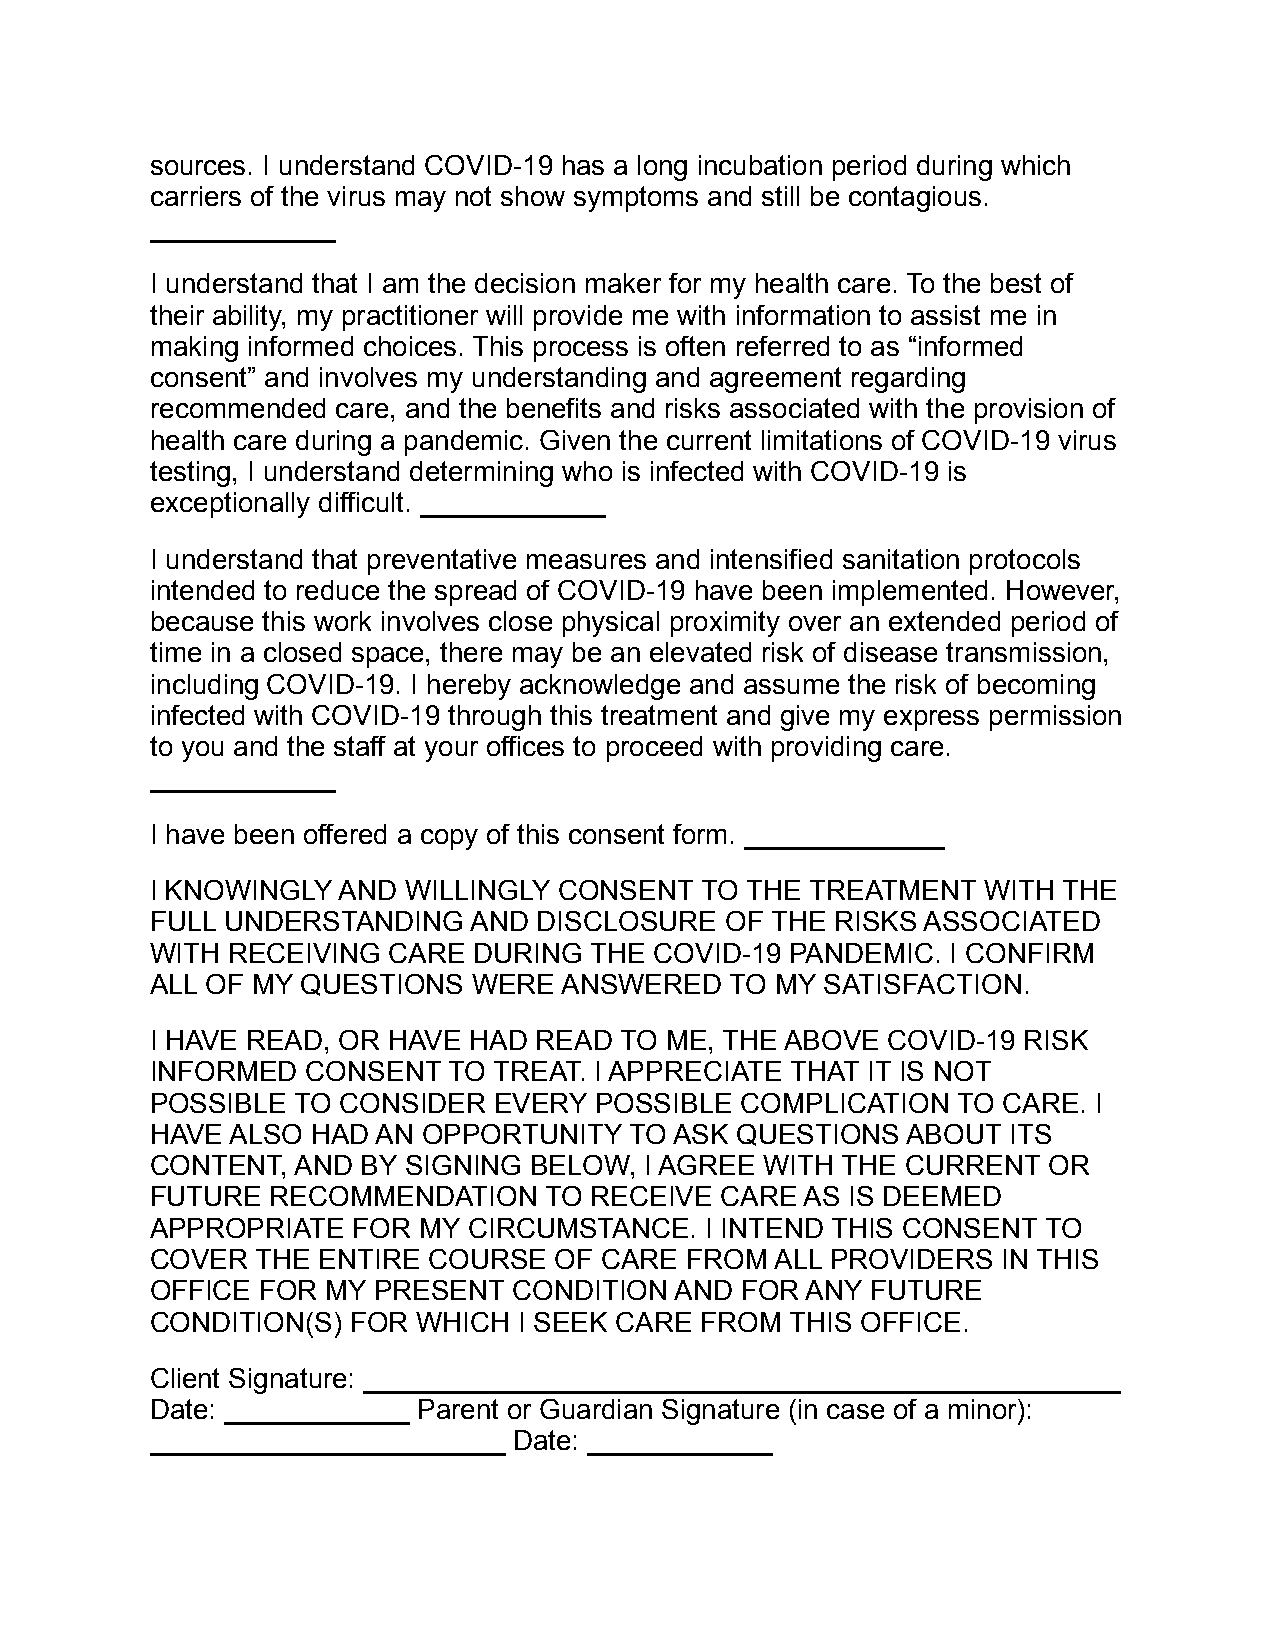
sources. I understand COVID-19 has a long incubation period during which
 carriers of the virus may not show symptoms and still be contagious.
 ____________
 I understand that I am the decision maker for my health care. To the best of
 their ability, my practitioner will provide me with information to assist me in
 making informed choices. This process is often referred to as “informed
 consent” and involves my understanding and agreement regarding
 recommended care, and the benefits and risks associated with the provision of
 health care during a pandemic. Given the current limitations of COVID-19 virus
 testing, I understand determining who is infected with COVID-19 is
 exceptionally difficult. ____________
 I understand that preventative measures and intensified sanitation protocols
 intended to reduce the spread of COVID-19 have been implemented. However,
 because this work involves close physical proximity over an extended period of
 time in a closed space, there may be an elevated risk of disease transmission,
 including COVID-19. I hereby acknowledge and assume the risk of becoming
 infected with COVID-19 through this treatment and give my express permission
 to you and the staff at your offices to proceed with providing care.
 ____________
 I have been offered a copy of this consent form. _____________
 I KNOWINGLY AND  WILLINGLY CONSENT  TO THE  TREATMENT  WITH THE
 FULL UNDERSTANDING   AND  DISCLOSURE  OF THE RISKS ASSOCIATED
 WITH RECEIVING  CARE DURING  THE COVID-19 PANDEMIC.  I CONFIRM
 ALL OF MY QUESTIONS  WERE  ANSWERED   TO MY  SATISFACTION.
 I HAVE READ, OR HAVE HAD  READ TO ME, THE ABOVE  COVID-19 RISK
 INFORMED  CONSENT   TO TREAT. I APPRECIATE THAT IT IS NOT
 POSSIBLE  TO CONSIDER  EVERY POSSIBLE  COMPLICATION  TO CARE.  I
 HAVE ALSO  HAD AN OPPORTUNITY   TO ASK QUESTIONS  ABOUT  ITS
 CONTENT,  AND BY SIGNING BELOW,  I AGREE WITH THE CURRENT  OR
 FUTURE  RECOMMENDATION    TO RECEIVE  CARE AS IS DEEMED
 APPROPRIATE  FOR  MY CIRCUMSTANCE.   I INTEND THIS CONSENT TO
 COVER  THE ENTIRE COURSE   OF CARE FROM  ALL PROVIDERS  IN THIS
 OFFICE FOR  MY PRESENT  CONDITION  AND FOR ANY  FUTURE
 CONDITION(S) FOR  WHICH I SEEK CARE FROM  THIS OFFICE.
 Client Signature: _________________________________________________
 Date: ____________ Parent or Guardian Signature (in case of a minor):
 _______________________ Date: ____________